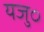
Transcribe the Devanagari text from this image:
यजु०